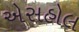
એસહોલ